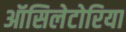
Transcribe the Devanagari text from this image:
ऑसिलेटोरिया